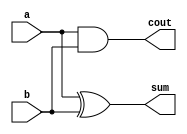
module top_module( 
    input a, b,
    output cout, sum );

    assign sum = a ^ b;  // Sum is the result of XOR operation
    assign cout = a & b; // Carry out is the result of AND operation

endmodule